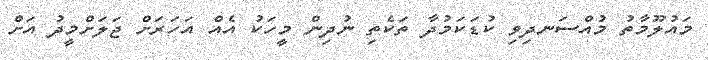
މައުލޫމާތު މުއްސަނދިވި ކުޑަކަމުދާ ތަކެތި ނުދިން މީހަކު އެއް އަހަރަށް ޖަލަށްމީދު އަށް